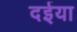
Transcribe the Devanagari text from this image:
दईया